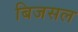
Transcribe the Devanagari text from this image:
बिजसल